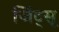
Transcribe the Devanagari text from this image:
जिंट्सू